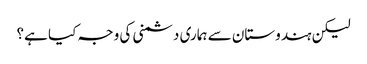
لیکن ہندوستان سے ہماری دشمنی کی وجہ کیا ہے؟